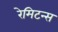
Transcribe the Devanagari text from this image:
रेमिटन्स